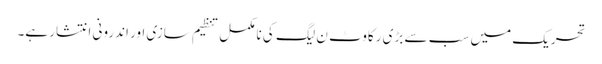
تحریک میں سب سے بڑی رکاوٹ ن لیگ کی نامکمل تنظیم سازی اور اندرونی انتشار ہے۔